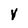
Character: V